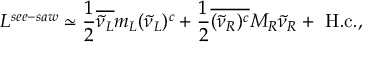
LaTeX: { \cal L } ^ { s e e - s a w } \simeq { \frac { 1 } { 2 } } \overline { { { { \tilde { \nu } } _ { L } } } } m _ { L } ( { \tilde { \nu } } _ { L } ) ^ { c } + { \frac { 1 } { 2 } } \overline { { { ( { \tilde { \nu } } _ { R } ) ^ { c } } } } M _ { R } { \tilde { \nu } } _ { R } + \mathrm { ~ H . c . } ,